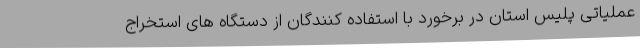
عملیاتی پلیس استان در برخورد با استفاده کنندگان از دستگاه های استخراج